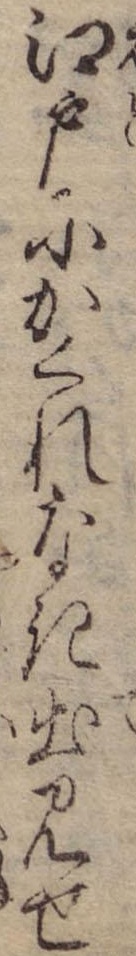
江戸にかくれなき出見せ